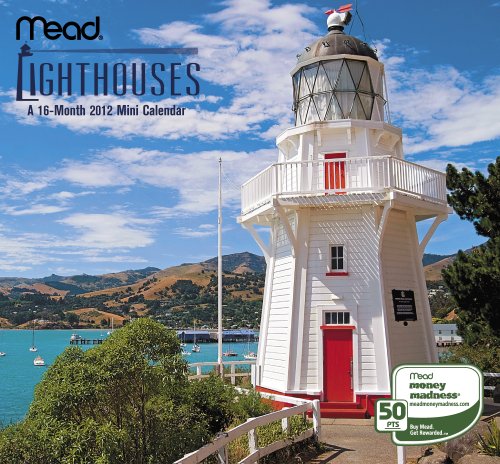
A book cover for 2012 Lighthouses Mini Calendar; Mead; Calendars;